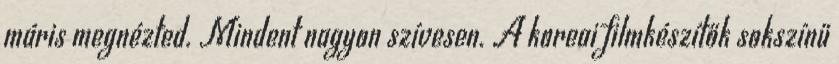
máris megnézted. Mindent nagyon szívesen. A koreai filmkészítők sokszínű